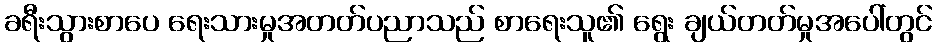
ခရီးသွားစာပေ ရေးသားမှုအတတ်ပညာသည် စာရေးသူ၏ ရွေး ချယ်တတ်မှုအပေါ်တွင်